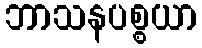
ဘာသနပစ္စယာ